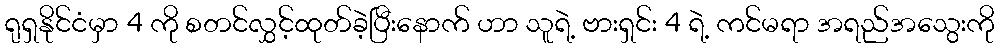
ရုရှနိုင်ငံမှာ 4 ကို စတင်လွှင့်ထုတ်ခဲ့ပြီးနောက် ဟာ သူရဲ့ ဗားရှင်း 4 ရဲ့ ကင်မရာ အရည်အသွေးကို